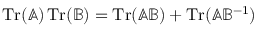
\operatorname { T r } ( \mathbb { A } ) \operatorname { T r } ( \mathbb { B } ) = \operatorname { T r } ( \mathbb { A } \mathbb { B } ) + \operatorname { T r } ( \mathbb { A } \mathbb { B } ^ { - 1 } )